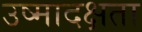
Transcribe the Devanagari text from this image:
उष्मादक्षता